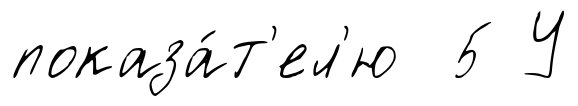
показа́т'ел'ю 5 У